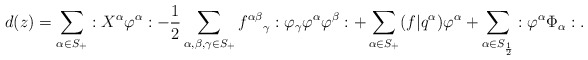
\begin{align*}d(z) &= \sum_{\alpha \in S_+} :X^\alpha \varphi^\alpha: -\frac{1}{2} \sum_{\alpha, \beta, \gamma \in S_+} {f^{\alpha \beta}}_\gamma :\varphi_\gamma \varphi^\alpha \varphi^\beta: + \sum_{\alpha \in S_+} (f | q^\alpha) \varphi^\alpha + \sum_{\alpha \in S_{\frac{1}{2}}} :\varphi^\alpha \Phi_\alpha:. \end{align*}